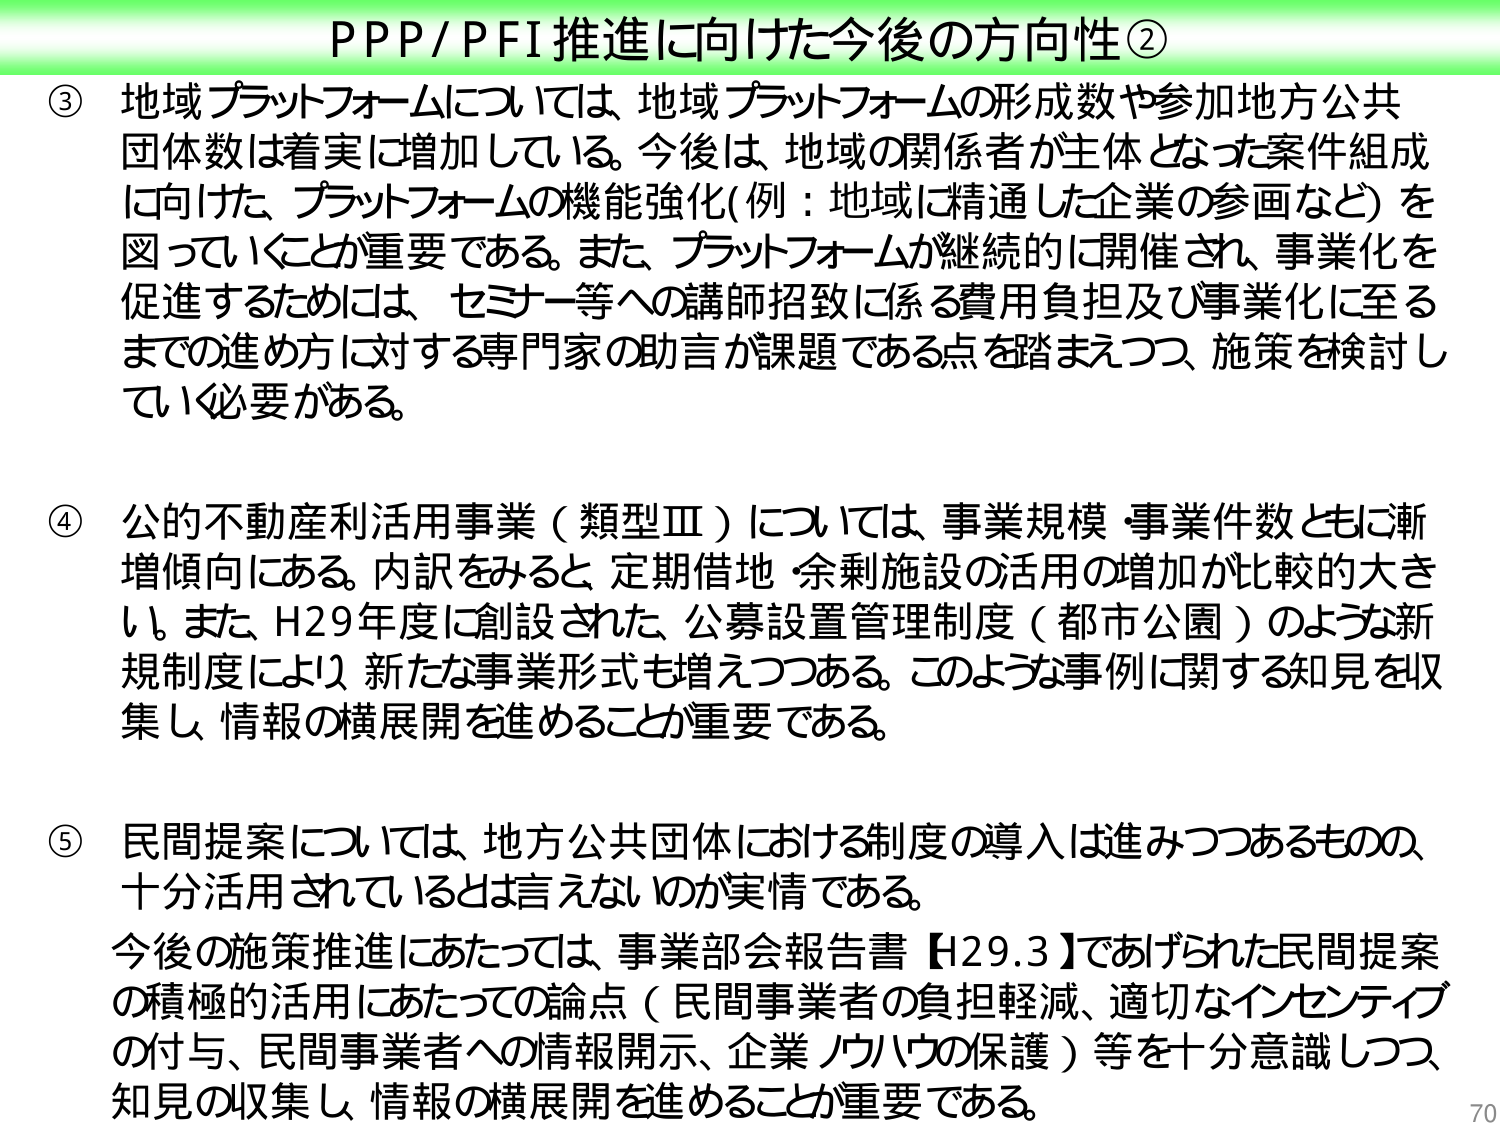
PPP/PFI推進に向けた今後の方向性②

③ 地域プラットフォームについては、地域プラットフォームの形成数や参加地方公共団体数は着実に増加している。今後は、地域の関係者が主体となった案件組成に向けた、プラットフォームの機能強化（例：地域に精通した企業の参画など）を図っていくことが重要である。また、プラットフォームが継続的に開催され、事業化を促進するためには、セミナー等への講師招致に係る費用負担及び事業化に至るまでの進め方に対する専門家の助言が課題である点を踏まえつつ、施策を検討していく必要がある。

④ 公的不動産利活用事業（類型Ⅲ）については、事業規模・事業件数ともに漸増傾向にある。内訳をみると、定期借地・余剰施設の活用の増加が比較的大きい。また、H29年度に創設された、公募設置管理制度（都市公園）のような新規制度により、新たな事業形式も増えつつある。このような事例に関する知見を収集し、情報の横展開を進めることが重要である。

⑤ 民間提案については、地方公共団体における制度の導入は進みつつあるものの、十分活用されているとは言えないのが実情である。今後の施策推進にあたっては、事業部会報告書【H29.3】であげられた民間提案の積極的活用にあたっての論点（民間事業者の負担軽減、適切なインセンティブの付与、民間事業者への情報開示、企業ノウハウの保護）等を十分意識しつつ、知見の収集し、情報の横展開を進めることが重要である。

70